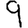
Digit: 9